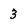
Character: 3